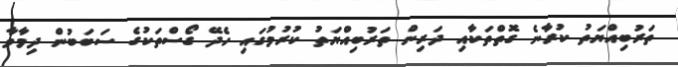
ތަރުބިއްޔަތު ކުރާނެ ގޮތްތަކާއި ދަރިން ތަރުބިއްޔަތު ކުރުމުގައި ހެދޭ ގޯސްތަކުގެ ސަބަބުން ދިމާވާ